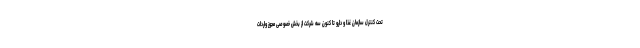
تحت کنترل سازمان غذا و دارو تا کنون سه شرکت از بخش خصوصی مجوز واردات